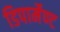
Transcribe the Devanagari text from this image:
डिपार्मेण्ट